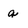
Character: q